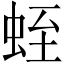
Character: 蛭